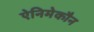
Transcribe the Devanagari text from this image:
ऐनिमेकौन